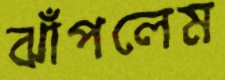
ঝাঁপলেম